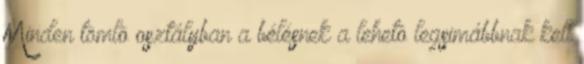
Minden tömlõ osztályban a bélésnek a lehetõ legsimábbnak kell